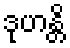
ဒုဟန္တိ